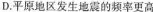
D.平原地区发生地震的频率更高